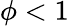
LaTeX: \phi<1